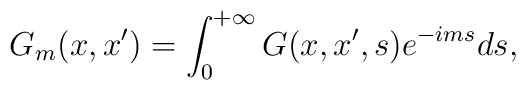
G_m(x,x^{\prime })=\int_0^{+\infty }G(x,x^{\prime },s)e^{-ims}ds,